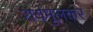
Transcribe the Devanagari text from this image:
रायमूलकर